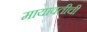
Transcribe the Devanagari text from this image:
मायावतीची